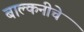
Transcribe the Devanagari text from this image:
बाल्कनीचे